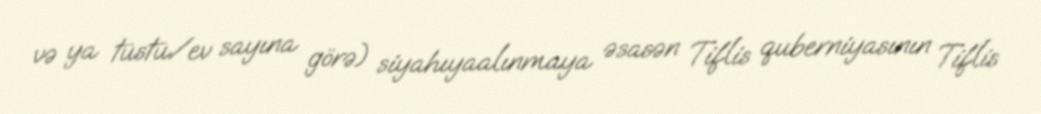
və ya tüstü/ev sayına görə) siyahıyaalınmaya əsasən Tiflis quberniyasının Tiflis